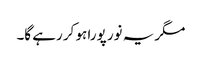
مگر یہ نور پورا ہو کر رہے گا۔